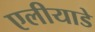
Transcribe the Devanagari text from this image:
एलीयाडे